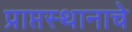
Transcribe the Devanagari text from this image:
प्राप्तस्थानाचे